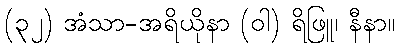
(၃၂) အံသာ-အရိယိုနာ (ဝါ) ရိဖြူ၊ နီနာ။